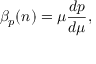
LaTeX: \beta _ { p } ( n ) = \mu \frac { d p } { d \mu } ,